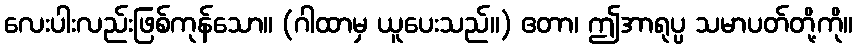
လေးပါးလည်းဖြစ်ကုန်သော။ (ဂါထာမှ ယူပေးသည်။) ဧတာ၊ ဤအာရုပ္ပ သမာပတ်တို့ကို။